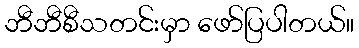
ဘီဘီစီသတင်းမှာ ဖော်ပြပါတယ်။